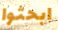
ابحثوا